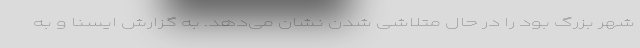
شهر بزرگ بود را در حال متلاشی شدن نشان می‌دهد. به گزارش ایسنا و به